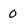
Character: 0